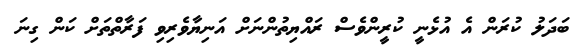
ބަދަލު ކުރަން އެ އުޅެނީ ކުރީންވެސް ރައްޔިތުންނަށް އަނިޔާވެރިވި ފަރާތްތަށް ކަން ގިނަ